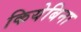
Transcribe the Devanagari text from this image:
कियेबिना